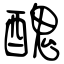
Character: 醜